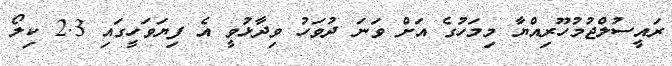
ރައީސުލްޖުމުހޫރިއްޔާ މިމަހުގެ އަށް ވަނަ ދުވަހު ވިދާޅުވީ އެ ފިޔަވަހީގައި 2.3 ކިލޯ